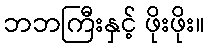
ဘဘကြီးနှင့် ဖိုးဖိုး။